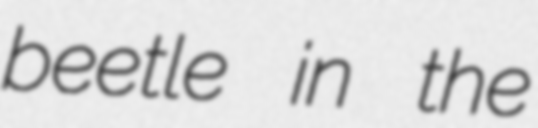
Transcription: beetle in the